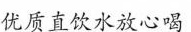
优质直饮水放心喝